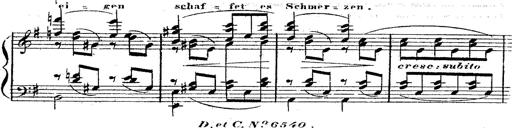
Title: 12 Lieder von Franz Schubert
Composer: Franz Liszt